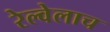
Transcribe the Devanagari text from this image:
रेल्वेलाच